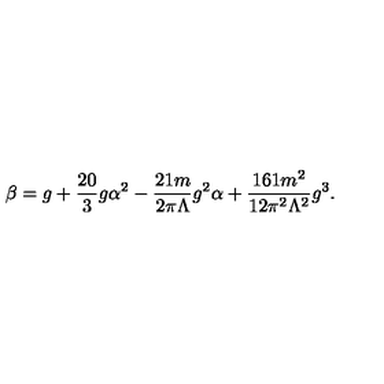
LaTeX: \beta = g + \frac { 2 0 } { 3 } g \alpha ^ { 2 } - \frac { 2 1 m } { 2 \pi \Lambda } g ^ { 2 } \alpha + \frac { 1 6 1 m ^ { 2 } } { 1 2 \pi ^ { 2 } \Lambda ^ { 2 } } g ^ { 3 } .